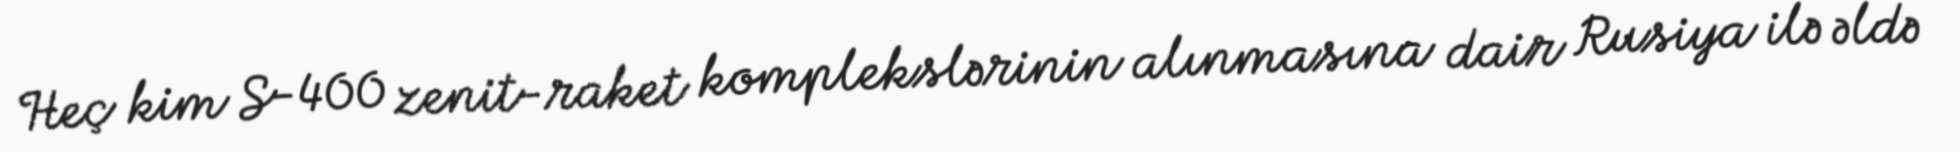
Heç kim S-400 zenit-raket komplekslərinin alınmasına dair Rusiya ilə əldə